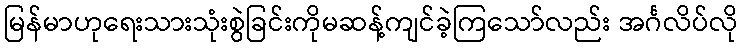
မြန်မာဟုရေးသားသုံးစွဲခြင်းကိုမဆန့်ကျင်ခဲ့ကြသော်လည်း အင်္ဂလိပ်လို